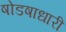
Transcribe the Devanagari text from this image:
षोडषाधारी